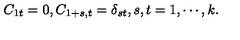
C _ { 1 t } = 0 , C _ { 1 + s , t } = \delta _ { s t } , s , t = 1 , \cdots , k .